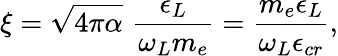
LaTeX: \xi=\sqrt{4\pi\alpha}\, \, \frac{\epsilon_{L}}{\omega_{L}m_{e}}=\frac{m_{e}\epsilon_{L}}{\omega_{L}\epsilon_{cr}},